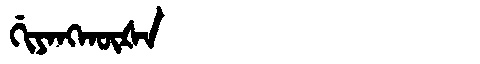
Manchu: ᡤᡳᠶᠠᠩᡴᡡᡧᠠ
Romanization: GIYANGKŪŠA